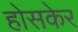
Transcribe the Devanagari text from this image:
होसकेर